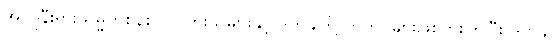
အင်ဒိုနီးရှားသမ္မတစနစ် လိုလားသူများနှင့် ဒတ်ချ်တို့ တိုက်ပွဲများဖြစ်ပွားကြပြီး ဒတ်ချ်